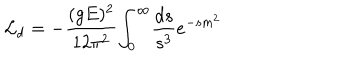
{ \cal L } _ { d } = - { \frac { ( g E ) ^ { 2 } } { 1 2 \pi ^ { 2 } } } { \int _ { 0 } } ^ { \infty } { \frac { d s } { s ^ { 3 } } e ^ { - s m ^ { 2 } } }